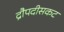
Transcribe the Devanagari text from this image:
द्रौपदीसकट